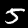
Label: 5